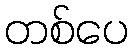
တစ်ပေ